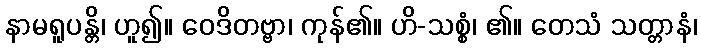
နာမရူပန္တိ၊ ဟူ၍။ ဝေဒိတဗ္ဗာ၊ ကုန်၏။ ဟိ-သစ္စံ၊ ၏။ တေသံ သတ္တာနံ၊